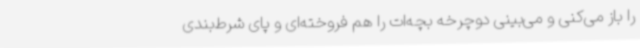
را باز می‌کنی و می‌بینی دوچرخه بچه‌ات را هم فروخته‌ای و پای شرط‌بندی